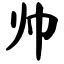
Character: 帅